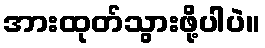
အားထုတ်သွားဖို့ပါပဲ။